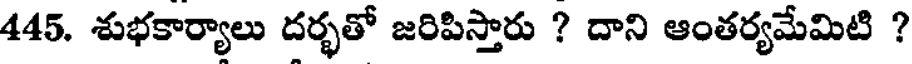
445. శుభకార్యాలు దర్భతో జరిపిస్తారు ? దాని ఆంతర్యమేమిటి ?